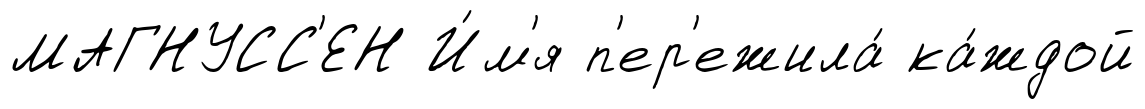
МАГНУСС'ЕН И́м'я п'ер'ежила́ ка́ждой